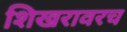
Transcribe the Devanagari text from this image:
शिखरावरच